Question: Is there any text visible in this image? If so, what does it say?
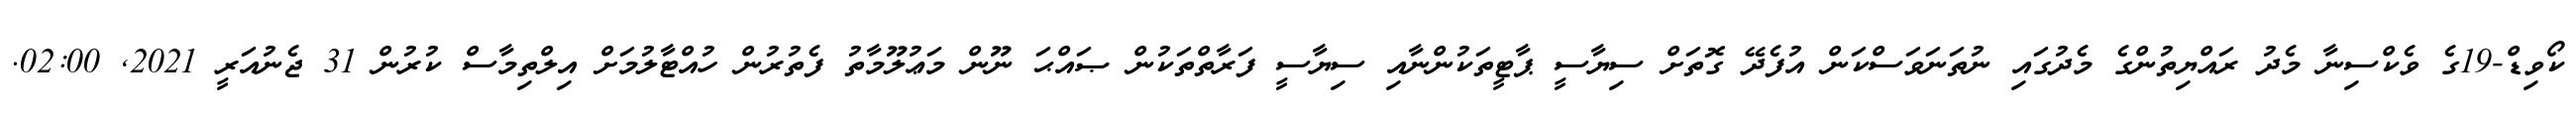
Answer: ކޯވިޑް-19ގެ ވެކްސިނާ މެދު ރައްޔިތުންގެ މެދުގައި ނުތަނަވަސްކަން އުފެދޭ ގޮތަށް ސިޔާސީ ޕާޓީތަކުންނާއި ސިޔާސީ ފަރާތްތަކުން ޞައްޙަ ނޫން މަޢުލޫމާތު ފެތުރުން ހުއްޓާލުމަށް އިލްތިމާސް ކުރުން 31 ޖެނުއަރީ 2021, 02:00.